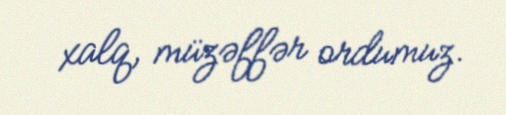
xalq, müzəffər ordumuz.